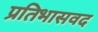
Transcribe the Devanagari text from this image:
प्रतिभासवद